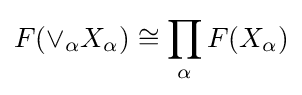
F(\vee _{\alpha }X_{\alpha })\cong \prod _{\alpha }F(X_{\alpha })